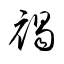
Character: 褐